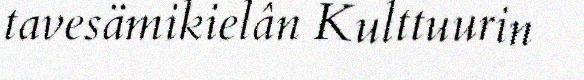
tavesämikielân Kulttuurin